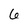
Character: 6